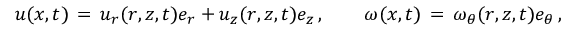
u ( x , t ) \, = \, u _ { r } ( r , z , t ) e _ { r } + u _ { z } ( r , z , t ) e _ { z } \, , \qquad \omega ( x , t ) \, = \, \omega _ { \theta } ( r , z , t ) e _ { \theta } \, ,